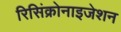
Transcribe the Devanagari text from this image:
रिसिंक्रोनाइजेशन